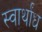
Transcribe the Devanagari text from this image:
स्वार्थांध